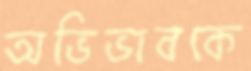
অভিভাবকে